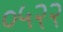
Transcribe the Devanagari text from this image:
०५२२